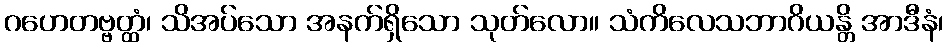
ဂဟေတဗ္ဗတ္ထံ၊ သိအပ်သော အနက်ရှိသော သုတ်လော။ သံကိလေသဘာဂိယန္တိ အာဒီနံ၊